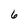
Character: 6